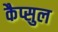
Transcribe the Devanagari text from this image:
कैप्सुल